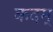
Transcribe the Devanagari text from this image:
कदम्